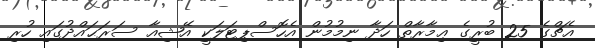
އެޗްގެ 25 ބުރީގެ ޢިމާރާތް ހަދާ ނިމުމުން އެހޮސްޕިޓަލަކީ އޭޝިއާ ސަރަޙައްދުގައި ހުރި